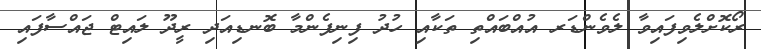
ރޯކޮށްލެވިފައިވާ ލެވެންޑަރ އުއްބައްތި ތަކާއި ހުދު ފިނިފެންމާ ބޮނޑިއަދި ރީދޫ ލައިޓް ޖައްސާފައި